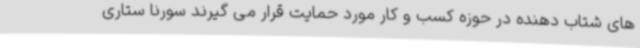
های شتاب دهنده در حوزه کسب و کار مورد حمایت قرار می گیرند سورنا ستاری